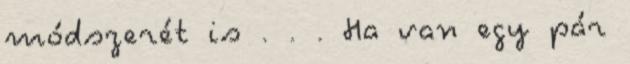
módszerét is . . . Ha van egy pár